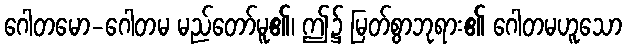
ဂေါတမော-ဂေါတမ မည်တော်မူ၏၊ ဤ၌ မြတ်စွာဘုရား၏ ဂေါတမဟူသော